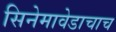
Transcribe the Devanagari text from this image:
सिनेमावेडाचाच